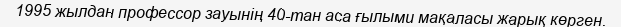
1995 жылдан профессор зауынің 40-тан аса ғылыми мақаласы жарық көрген.